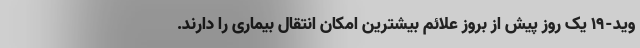
وید-۱۹ یک روز پیش از بروز علائم بیشترین امکان انتقال بیماری را دارند.